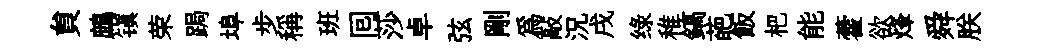
貟鷓镇荣跼埠步稱班囘莎卓弦剛爲敲況戌绿稚鎬葩飯杷能藿欲烽舜朕